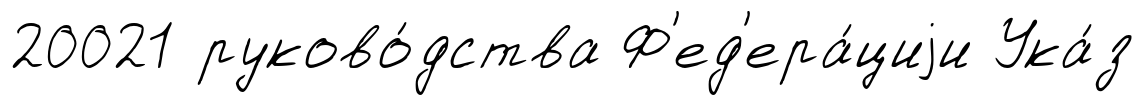
20021 руково́дства Ф'ед'ера́циjи Ука́з